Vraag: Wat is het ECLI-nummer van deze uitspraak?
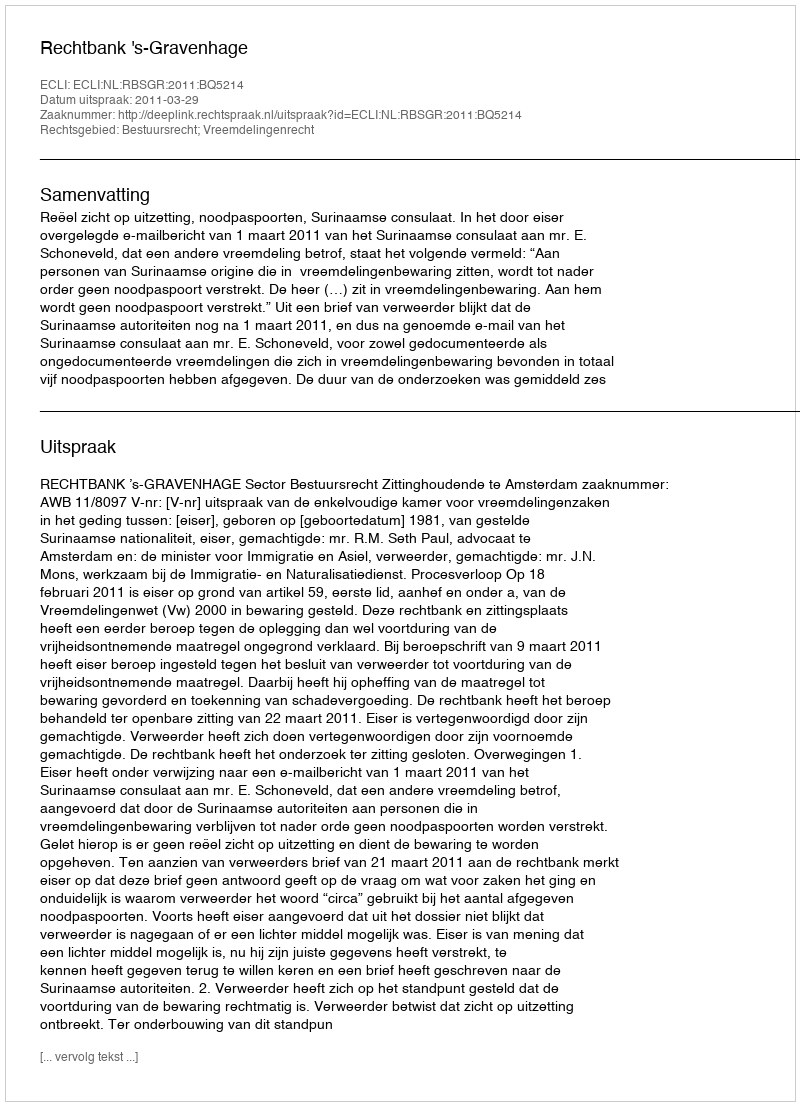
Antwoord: ECLI:NL:RBSGR:2011:BQ5214